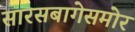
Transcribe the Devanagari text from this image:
सारसबागेसमोर